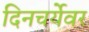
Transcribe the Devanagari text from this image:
दिनचर्येवर